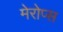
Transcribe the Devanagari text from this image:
मेरोप्स